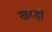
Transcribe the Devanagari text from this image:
खरड़ों